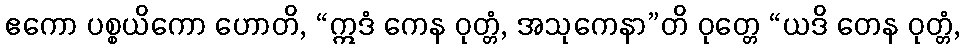
ဧကော ပစ္စယိကော ဟောတိ, “ဣဒံ ကေန ဝုတ္တံ, အသုကေနာ”တိ ဝုတ္တေ “ယဒိ တေန ဝုတ္တံ,